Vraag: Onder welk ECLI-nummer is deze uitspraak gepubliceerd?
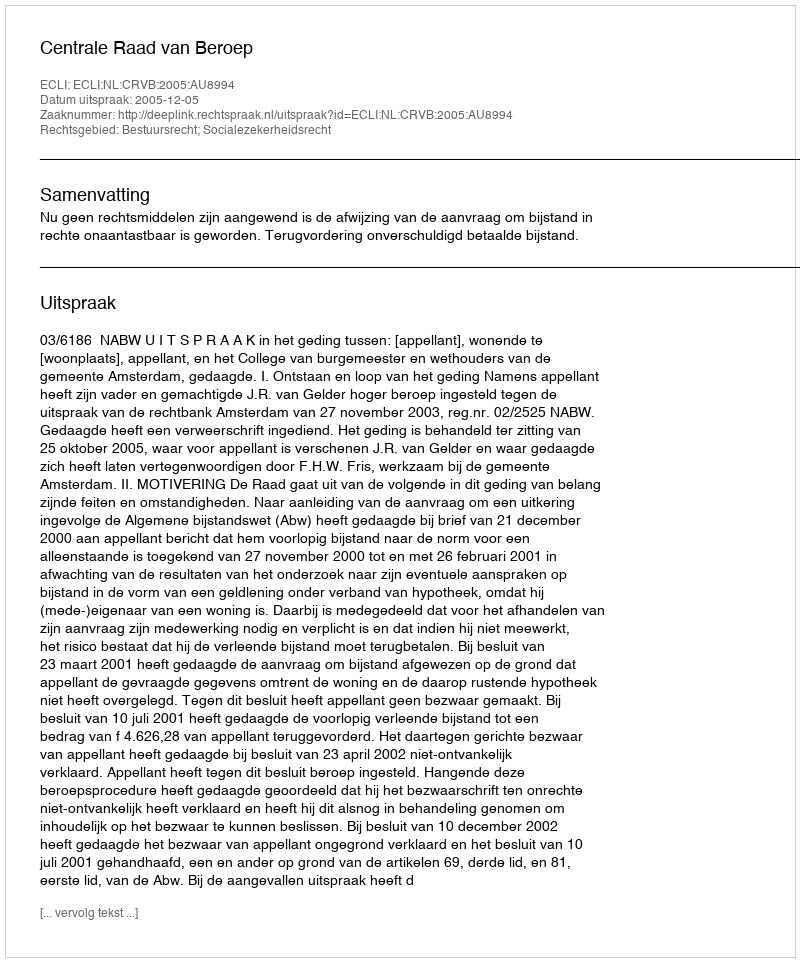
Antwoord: ECLI:NL:CRVB:2005:AU8994